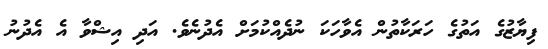
ފިޔާޒުގެ އަތުގެ ހަރަކާތުން އެވާހަކަ ނުދެއްކުމަށް އެދުނެވެ. އަދި އިޝްވާ އެ އެދުނު